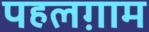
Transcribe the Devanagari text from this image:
पहलग़ाम